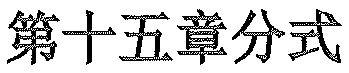
第十五章分式